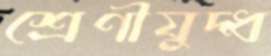
শ্রেণীযুদ্ধ